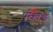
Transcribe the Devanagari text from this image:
पोखड़